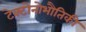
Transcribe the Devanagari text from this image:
टेक्टोनोभौतिकी